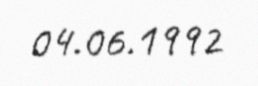
04.06.1992